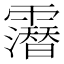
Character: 𲊐